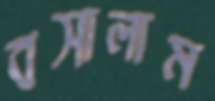
বসালাম